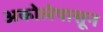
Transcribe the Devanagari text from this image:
अकोलेपासून